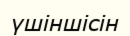
үшіншісін